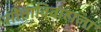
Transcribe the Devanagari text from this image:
सीताविवाहाला